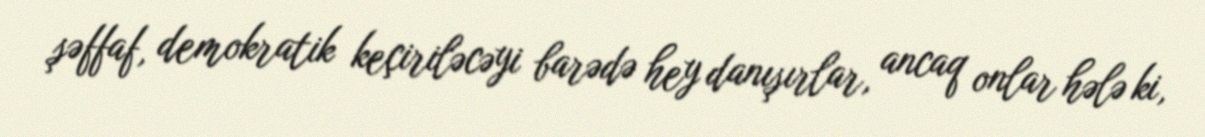
şəffaf, demokratik keçiriləcəyi barədə hey danışırlar, ancaq onlar hələ ki,